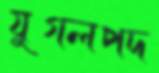
যুগলপদ